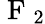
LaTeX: \mathrm{~F~}_{2}